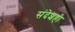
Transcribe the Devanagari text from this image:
संदेशही